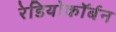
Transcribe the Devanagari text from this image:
रेडियोकॉर्बन